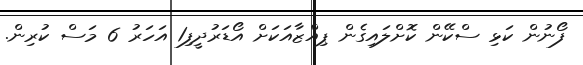
ފޯނުން ކަޅި ސްކޭން ކޮށްލައިގެން ޕިއްޒާއަކަށް އޯޑަރުދީފި1 އަހަރު 6 މަސް ކުރިން.